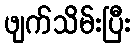
ဖျက်သိမ်းပြီး